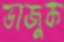
ভাজুক